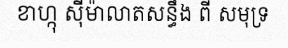
ខាហ្កុ ស៊ីម៉ាលាតសន្ធឹង ពី សមុទ្រ